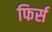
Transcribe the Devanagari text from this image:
फिर्स